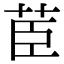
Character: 茞